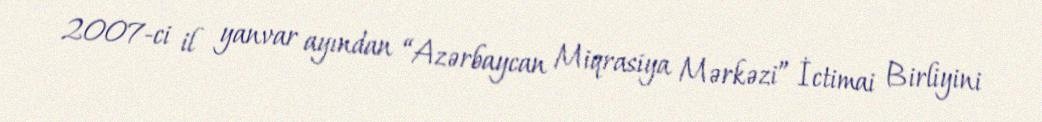
2007-ci il yanvar ayından “Azərbaycan Miqrasiya Mərkəzi” İctimai Birliyini